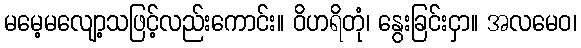
မမေ့မလျော့သဖြင့်လည်းကောင်း။ ဝိဟရိတုံ၊ နွေးခြင်းငှာ။ အလမေဝ၊